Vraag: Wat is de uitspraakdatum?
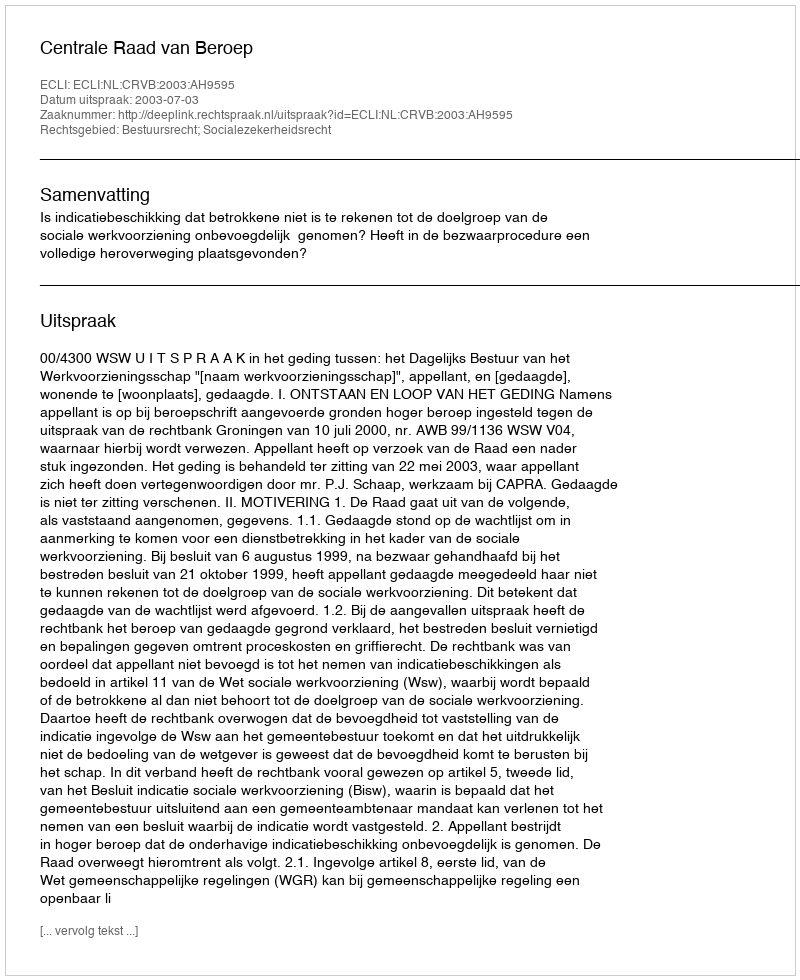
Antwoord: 2003-07-03